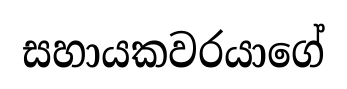
සහායකවරයාගේ